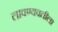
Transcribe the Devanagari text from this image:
लावण्यवतीला